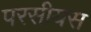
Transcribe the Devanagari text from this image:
परसीयस